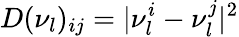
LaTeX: D(\nu_{l})_{ij}=|\nu_{l}^{i}-\nu_{l}^{j}|^{2}